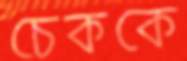
চেককে